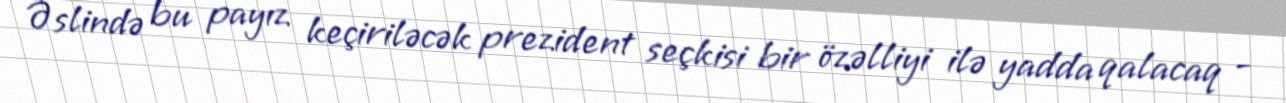
Əslində bu payız keçiriləcək prezident seçkisi bir özəlliyi ilə yadda qalacaq -